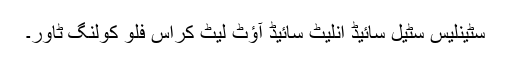
سٹینلیس سٹیل سائیڈ انلیٹ سائیڈ آؤٹ لیٹ کراس فلو کولنگ ٹاور۔